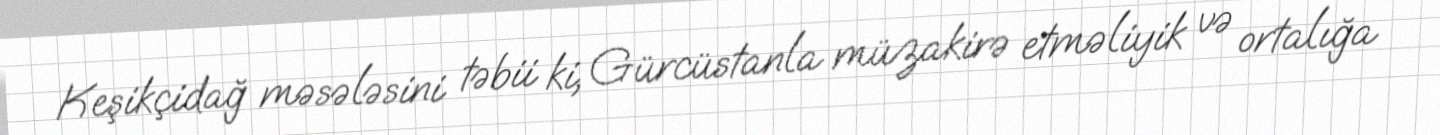
Keşikçidağ məsələsini təbii ki, Gürcüstanla müzakirə etməliyik və ortalığa